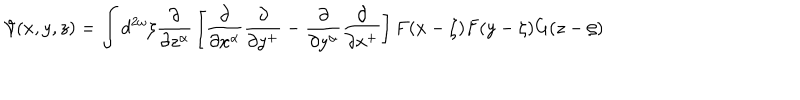
{ \cal V } ( x , y , z ) = \int d ^ { 2 \omega } \zeta { \frac { \partial } { \partial z ^ { \alpha } } } \left[ { \frac { \partial } { \partial x ^ { \alpha } } } { \frac { \partial } { \partial y ^ { + } } } - { \frac { \partial } { \partial y ^ { \alpha } } } { \frac { \partial } { \partial x ^ { + } } } \right] F ( x - \zeta ) F ( y - \zeta ) G ( z - \zeta )